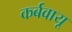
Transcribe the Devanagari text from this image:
कर्बवायू